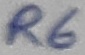
Text: R6